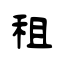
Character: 租